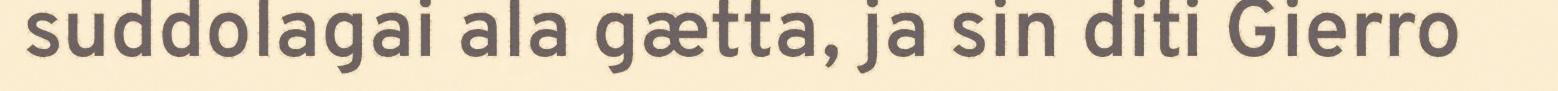
suddolagai ala gætta, ja sin diti Gierro